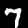
Digit: 7